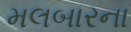
મલબારના